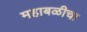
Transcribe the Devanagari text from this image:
महाबळीचा